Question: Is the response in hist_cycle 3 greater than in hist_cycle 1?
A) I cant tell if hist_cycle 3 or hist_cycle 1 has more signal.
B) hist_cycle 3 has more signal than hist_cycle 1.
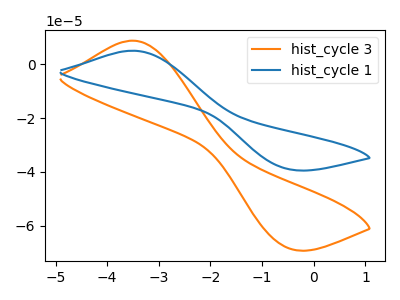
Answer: <think>The orange curve "hist_cycle 3" has an anodic peak at (-3.50V, 8.70uA) and a cathodic peak at (-0.50V, -68.25uA). The blue curve "hist_cycle 1" has an anodic peak at (-3.50V, 4.95uA) and a cathodic peak at (-0.50V, -38.95uA).
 All the peaks in "hist_cycle 3" have a peak in "hist_cycle 1" at the same potential. Every peak in "hist_cycle 3" is higher than every peak in "hist_cycle 1".</think>
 <answer>B) "hist_cycle 3" has more signal than "hist_cycle 1".</answer>
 <eval>B</eval>